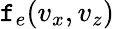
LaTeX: \mathtt{f}_{e}(v_{x},v_{z})